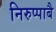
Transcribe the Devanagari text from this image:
निरुप्पाबै